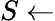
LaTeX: S\gets